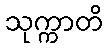
သုက္ကာတိ